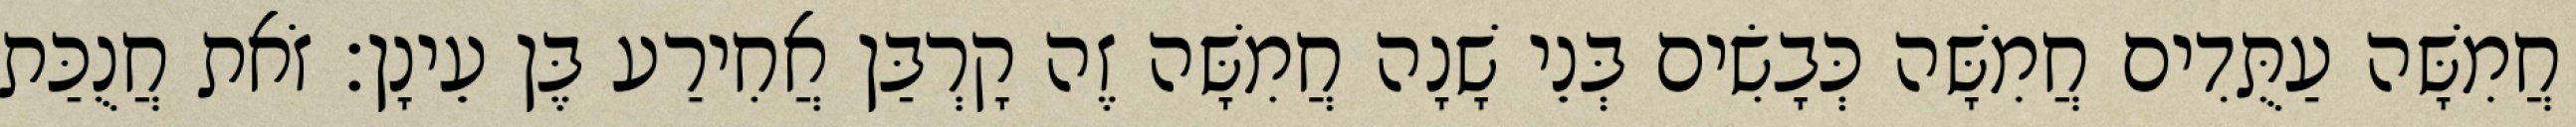
חֲמִשָּׁה עַתֻּדִים חֲמִשָּׁה כְּבָשִׂים בְּנֵי שָׁנָה חֲמִשָּׁה זֶה קָרְבַּן אֲחִירַע בֶּן עֵינָן׃ זֹאת חֲנֻכַּת